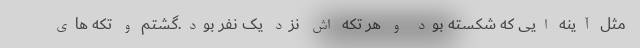
مثل آینه ایی که شکسته بود و هر تکه اش نزد یک نفر بود.گشتم و تکه های